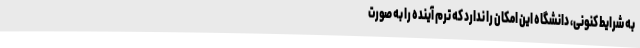
به شرایط کنونی، دانشگاه این امکان را ندارد که ترم آینده را به صورت